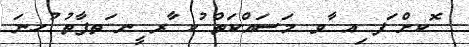
ޮކށް ަފ ިއ ާވ މަސައްކަތް ުކ ާރ ީނ ަތފާތު ުހނަ